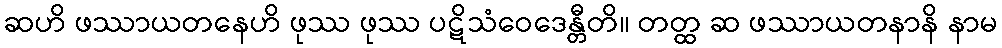
ဆဟိ ဖဿာယတနေဟိ ဖုဿ ဖုဿ ပဋိသံဝေဒေန္တီတိ။ တတ္ထ ဆ ဖဿာယတနာနိ နာမ